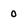
Character: 0